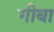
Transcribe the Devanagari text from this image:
गीबा